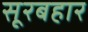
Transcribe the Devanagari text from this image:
सूरबहार